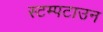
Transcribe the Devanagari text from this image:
स्टम्पटाउन